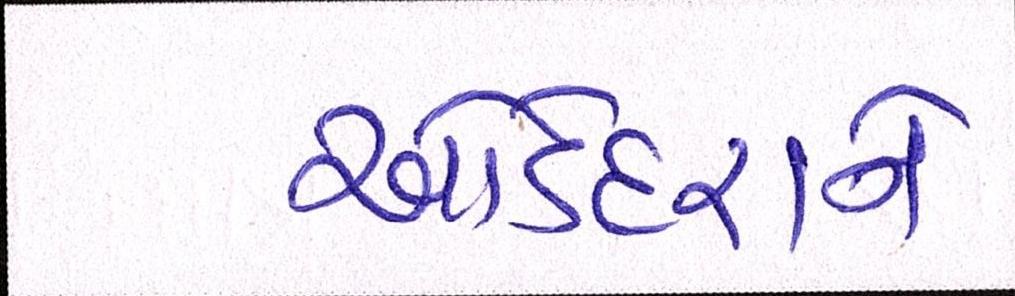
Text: ઓડેદરાને